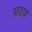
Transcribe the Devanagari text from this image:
आवाह